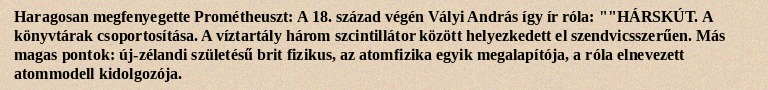
Haragosan megfenyegette Prométheuszt: A 18. század végén Vályi András így ír róla: ""HÁRSKÚT. A könyvtárak csoportosítása. A víztartály három szcintillátor között helyezkedett el szendvicsszerűen. Más magas pontok: új-zélandi születésű brit fizikus, az atomfizika egyik megalapítója, a róla elnevezett atommodell kidolgozója.